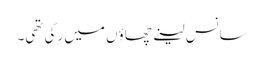
سانس لینے چھاؤں میں رکی تھی۔